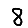
Digit: 8